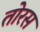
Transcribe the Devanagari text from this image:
तोरस